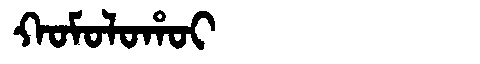
Manchu: ᡴᠣᠮᠣᠯᠣᡥᠣᡳ
Romanization: KOMOLOHOI